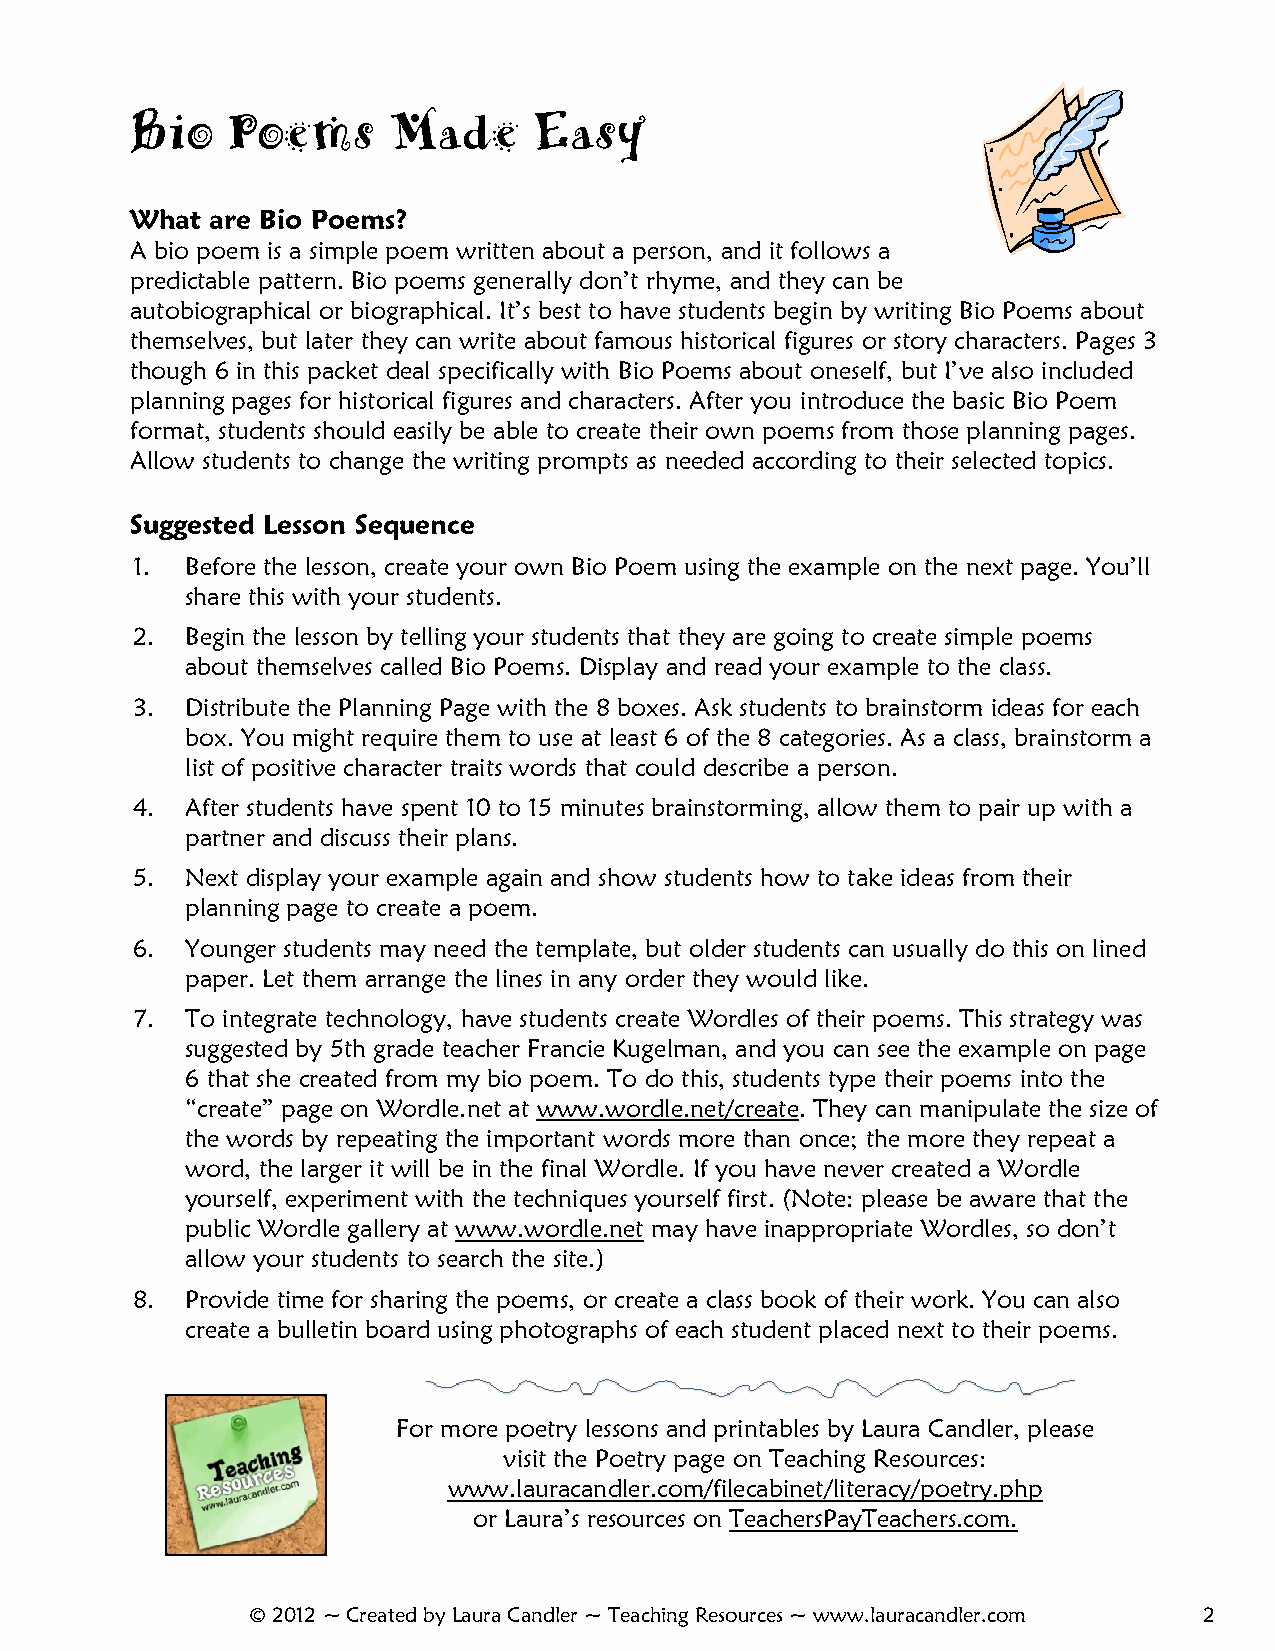
Bio   Poems      Made     Easy
 What are Bio Poems?
 A bio poem is a simple poem written about a person, and it follows a
 predictable pattern. Bio poems generally don’t rhyme, and they can be
 autobiographical or biographical. It’s best to have students begin by writing Bio Poems about
 themselves, but later they can write about famous historical figures or story characters. Pages 3
 though 6 in this packet deal specifically with Bio Poems about oneself, but I’ve also included
 planning pages for historical figures and characters. After you introduce the basic Bio Poem
 format, students should easily be able to create their own poems from those planning pages.
 Allow students to change the writing prompts as needed according to their selected topics.
 Suggested Lesson Sequence
 1. Before the lesson, create your own Bio Poem using the example on the next page. You’ll
 share this with your students.
 2. Begin the lesson by telling your students that they are going to create simple poems
 about themselves called Bio Poems. Display and read your example to the class.
 3. Distribute the Planning Page with the 8 boxes. Ask students to brainstorm ideas for each
 box. You might require them to use at least 6 of the 8 categories. As a class, brainstorm a
 list of positive character traits words that could describe a person.
 4. After students have spent 10 to 15 minutes brainstorming, allow them to pair up with a
 partner and discuss their plans.
 5. Next display your example again and show students how to take ideas from their
 planning page to create a poem.
 6. Younger students may need the template, but older students can usually do this on lined
 paper. Let them arrange the lines in any order they would like.
 7. To integrate technology, have students create Wordles of their poems. This strategy was
 suggested by 5th grade teacher Francie Kugelman, and you can see the example on page
 6 that she created from my bio poem. To do this, students type their poems into the
 “create” page on Wordle.net at www.wordle.net/create. They can manipulate the size of
 the words by repeating the important words more than once; the more they repeat a
 word, the larger it will be in the final Wordle. If you have never created a Wordle
 yourself, experiment with the techniques yourself first. (Note: please be aware that the
 public Wordle gallery at www.wordle.net may have inappropriate Wordles, so don’t
 allow your students to search the site.)
 8. Provide time for sharing the poems, or create a class book of their work. You can also
 create a bulletin board using photographs of each student placed next to their poems.
 For more poetry lessons and printables by Laura Candler, please
 visit the Poetry page on Teaching Resources:
 www.lauracandler.com/filecabinet/literacy/poetry.php
 or Laura’s resources on TeachersPayTeachers.com.
 © 2012 ~ Created by Laura Candler ~ Teaching Resources ~ www.lauracandler.com 2